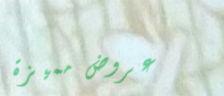
عروض مميزة